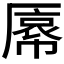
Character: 𫨝